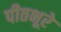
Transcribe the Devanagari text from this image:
पीतभूरे